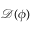
\mathcal { D } ( \phi )